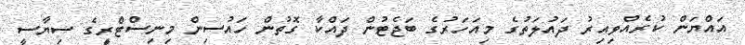
އައްޔަން ކުރެއްވިއިރު ދައުލަތުގެ މިއަހަރުގެ ބަޖެޓުން ދައްކާ ގޮތުން ހައުސިން މިނިސްޓްރިީގެ ސިޔާސީ